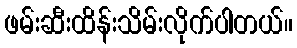
ဖမ်းဆီးထိန်းသိမ်းလိုက်ပါတယ်။